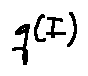
q ( I )